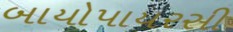
બાયોપાયરસી